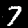
Label: 7